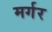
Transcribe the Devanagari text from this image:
मर्गर